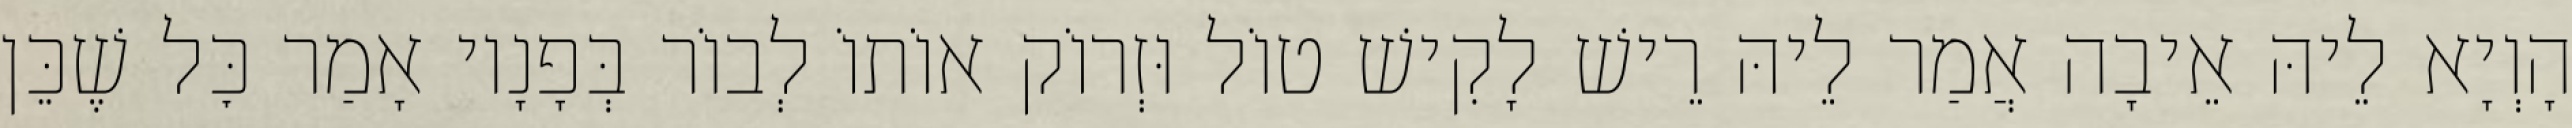
הָוְיָא לֵיהּ אֵיבָה אֲמַר לֵיהּ רֵישׁ לָקִישׁ טוֹל וּזְרוֹק אוֹתוֹ לְבוֹר בְּפָנָיו אָמַר כׇּל שֶׁכֵּן